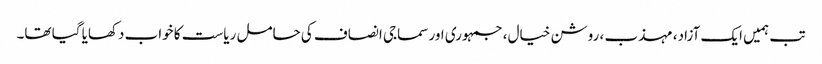
تب ہمیں ایک آزاد، مہذب ، روشن خیال، جمہوری اور سماجی انصاف کی حامل ریاست کا خواب دکھایا گیا تھا۔